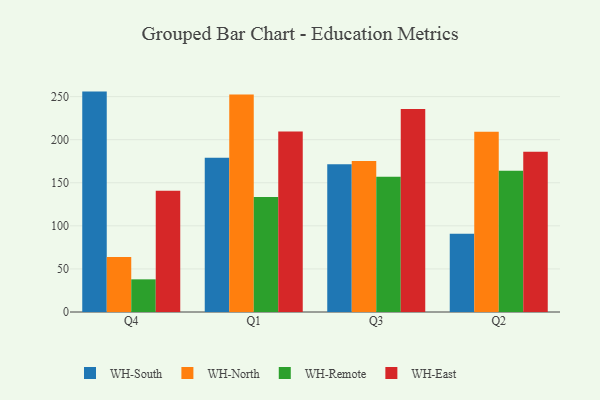
{"axis": {"x": "Quarter", "y": "Market Share (%)"}, "legend": ["WH-East", "WH-North", "WH-Remote", "WH-South"], "data": [{"x": "Q4", "y": 255.8, "type": "WH-South"}, {"x": "Q4", "y": 63.8, "type": "WH-North"}, {"x": "Q4", "y": 37.9, "type": "WH-Remote"}, {"x": "Q4", "y": 140.6, "type": "WH-East"}, {"x": "Q1", "y": 179.1, "type": "WH-South"}, {"x": "Q1", "y": 252.5, "type": "WH-North"}, {"x": "Q1", "y": 133.6, "type": "WH-Remote"}, {"x": "Q1", "y": 209.4, "type": "WH-East"}, {"x": "Q3", "y": 171.5, "type": "WH-South"}, {"x": "Q3", "y": 175.2, "type": "WH-North"}, {"x": "Q3", "y": 157.1, "type": "WH-Remote"}, {"x": "Q3", "y": 235.7, "type": "WH-East"}, {"x": "Q2", "y": 90.8, "type": "WH-South"}, {"x": "Q2", "y": 209.1, "type": "WH-North"}, {"x": "Q2", "y": 163.8, "type": "WH-Remote"}, {"x": "Q2", "y": 185.9, "type": "WH-East"}]}